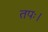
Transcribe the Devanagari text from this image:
तपः।